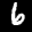
Label: 6